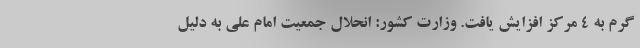
گرم به ۴ مرکز افزایش یافت. وزارت کشور: انحلال جمعیت امام علی به دلیل